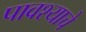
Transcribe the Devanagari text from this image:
पावश्याचे